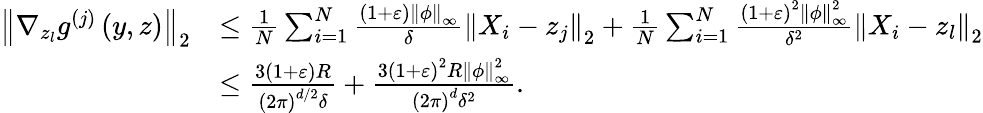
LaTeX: \begin{array}{rl}{\left\Vert\nabla_{z_{l}}g^{(j)}\left(y,z\right)\right\Vert_{2}}&{\leq\frac{1}{N}\sum_{i=1}^{N}\frac{\left(1+\varepsilon\right)\left\Vert\phi\right\Vert_{\infty}}{\delta}\left\Vert X_{i}-z_{j}\right\Vert_{2}+\frac{1}{N}\sum_{i=1}^{N}\frac{\left(1+\varepsilon\right)^{2}\left\Vert\phi\right\Vert_{\infty}^{2}}{\delta^{2}}\left\Vert X_{i}-z_{l}\right\Vert_{2}}\\ &{\leq\frac{3\left(1+\varepsilon\right)R}{\left(2\pi\right)^{d/2}\delta}+\frac{3\left(1+\varepsilon\right)^{2}R\left\Vert\phi\right\Vert_{\infty}^{2}}{\left(2\pi\right)^{d}\delta^{2}}.}\end{array}